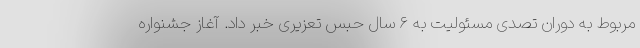
مربوط به دوران تصدی مسئولیت به ۶ سال حبس تعزیری خبر داد. آغاز جشنواره